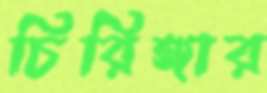
চিরিঙ্গার